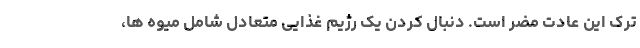
ترک این عادت مضر است. دنبال کردن یک رژیم غذایی متعادل شامل میوه ها،